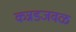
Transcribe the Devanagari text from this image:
कन्नडजवळ